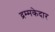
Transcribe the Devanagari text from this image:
द्रम्मकेदार